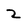
Character: 2